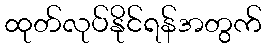
ထုတ်လုပ်နိုင်ရန်အတွက်